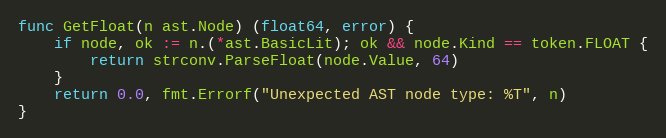
Language: Go
func GetFloat(n ast.Node) (float64, error) {
	if node, ok := n.(*ast.BasicLit); ok && node.Kind == token.FLOAT {
		return strconv.ParseFloat(node.Value, 64)
	}
	return 0.0, fmt.Errorf("Unexpected AST node type: %T", n)
}